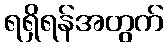
ရရှိရန်အတွက်